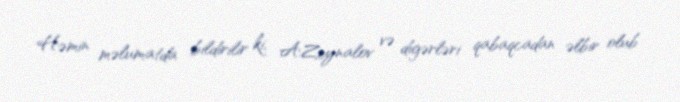
Həmin məlumatda bildirilir ki, A.Zeynalov və digərləri qabaqcadan əlbir olub